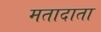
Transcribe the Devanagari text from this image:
मतादाता